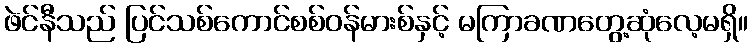
ဖဲင်နီသည် ပြင်သစ်ကောင်စစ်ဝန်မားစ်နှင့် မကြာခဏတွေ့ဆုံလေ့မရှိ။